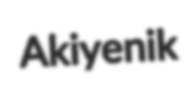
Akiyenik